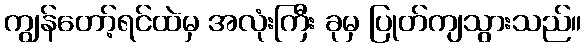
ကျွန်တော့်ရင်ထဲမှ အလုံးကြီး ခုမှ ပြုတ်ကျသွားသည်။